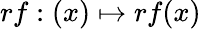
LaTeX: rf:(x)\mapsto rf(x)